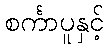
စင်္ကာပူနှင့်